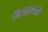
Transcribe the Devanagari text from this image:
चित्रपटकंपनीने